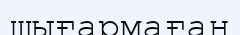
шығармаған